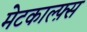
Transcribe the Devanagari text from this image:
मेटकाल्फ़्स